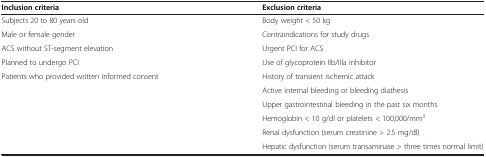
| Inclusion criteria | Exclusion criteria |
 | --- | --- |
 | Subjects 20 to 80 years old | Body weight < 50 kg |
 | Male or female gender | Contraindications for study drugs |
 | ACS without ST-segment elevation | Urgent PCI for ACS |
 | Planned to undergo PCI | Use of glycoprotein IIb/IIIa inhibitor |
 | Patients who provided written informed consent | History of transient ischemic attack |
 |  | Active internal bleeding or bleeding diathesis |
 |  | Upper gastrointestinal bleeding in the past six months |
 |  | Hemoglobin < 10 g/dl or platelets < 100,000/mm3 |
 |  | Renal dysfunction (serum creatinine > 2.5 mg/dl) |
 |  | Hepatic dysfunction (serum transaminase > three times normal limit) |